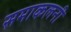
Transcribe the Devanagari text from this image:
समाकलनी